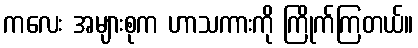
ကလေး အများစုက ဟာသကားကို ကြိုက်ကြတယ်။